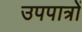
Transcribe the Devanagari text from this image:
उपपात्रों